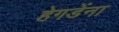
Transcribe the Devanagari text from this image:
हेगडेंना